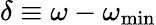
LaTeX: \delta\equiv\omega-\omega_{\mathrm{{min}}}